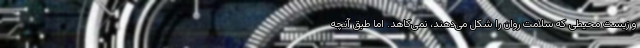
و زیست محیطی که سلامت روان را شکل می‌دهند، نمی‌کاهد. اما طبق آنچه